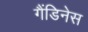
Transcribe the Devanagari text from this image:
गैंडिनेस